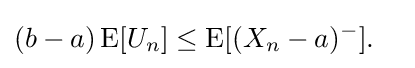
(b-a)\operatorname {E} [U_{n}]\leq \operatorname {E} [(X_{n}-a)^{-}].\quad